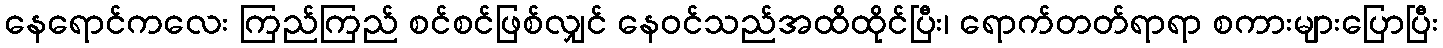
နေရောင်ကလေး ကြည်ကြည် စင်စင်ဖြစ်လျှင် နေဝင်သည်အထိထိုင်ပြီး၊ ရောက်တတ်ရာရာ စကားများပြောပြီး